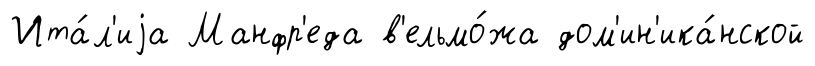
Ита́л'иjа Манфр'еда в'ельмо́жа дом'ин'ика́нской